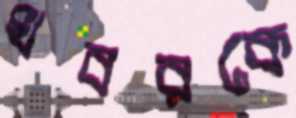
খবরকে